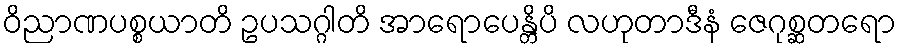
ဝိညာဏပစ္စယာတိ ဥပသဂ္ဂါတိ အာရောပေန္တိပိ လဟုတာဒီနံ ဇေဂုစ္ဆတရော